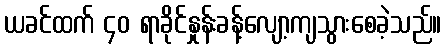
ယခင်ထက် ၄၀ ရာခိုင်နှုန်းခန့်လျော့ကျသွားစေခဲ့သည်။